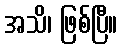
အသိ၊ ဖြစ်ပြီ။